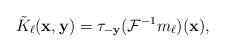
LaTeX: \begin{align*}\tilde K_\ell (\mathbf x,\mathbf y)=\tau_{-\mathbf y} (\mathcal F^{-1} m_\ell )(\mathbf x),\end{align*}